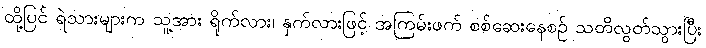
ထို့ပြင် ရဲသားများက သူ့အား ရိုက်လား၊ နှက်လားဖြင့် အကြမ်းဖက် စစ်ဆေးနေစဉ် သတိလွတ်သွားပြီး